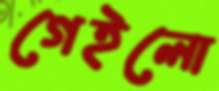
গেইলো